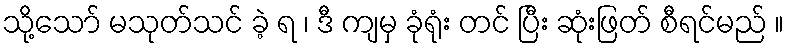
သို့သော် မသုတ်သင် ခဲ့ ရ ၊ ဒီ ကျမှ ခုံရုံး တင် ပြီး ဆုံးဖြတ် စီရင်မည် ။